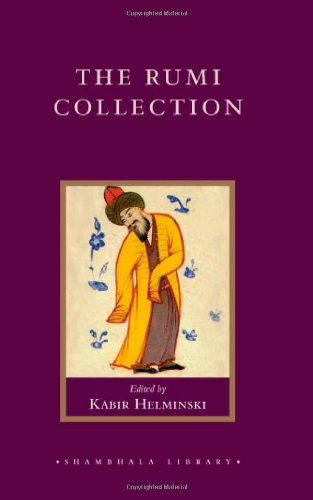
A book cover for The Rumi Collection (Shambhala Library); Jelaluddin Rumi; Literature & Fiction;